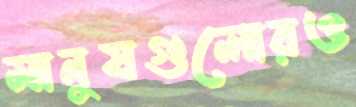
মানুষগুলোরও